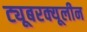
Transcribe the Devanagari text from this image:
ट्यूबरक्यूलीन